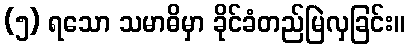
(၅) ရသော သမာဓိမှာ ခိုင်ခံတည်မြဲလှခြင်း။